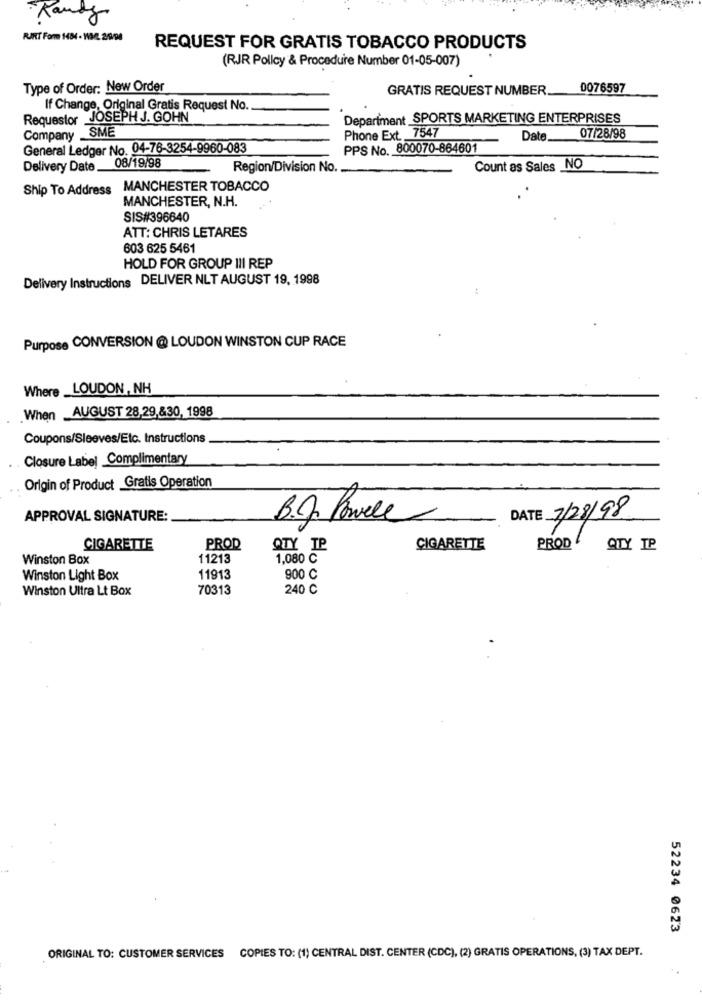
Randy
RJRT For 1484 - WML 2/9/98
REQUEST FOR GRATIS TOBACCO PRODUCTS
(RJR Policy & Procedure Number 01-05-007)
Type of Order: New Order
GRATIS REQUEST NUMBER.
0076597
If Change, Original Gratis Request No.
Requestor JOSEPH J. GOHN
Department SPORTS MARKETING ENTERPRISES
Company _SME
Phone Ext. 7547
Date.
07/28/98
General Ledger No. 04-76-3254-9960-083
PPS No. 800070-864601
Delivery Date.
08/19/98
Region/Division No.
Count as Sales NO
Ship To Address MANCHESTER TOBACCO
MANCHESTER, N.H.
SIS#396640
ATT: CHRIS LETARES
603 625 5461
HOLD FOR GROUP III REP
Delivery Instructions DELIVER NLT AUGUST 19, 1998
Purpose CONVERSION @ LOUDON WINSTON CUP RACE
Where _LOUDON , NH
When AUGUST 28,29,&30, 1998
Coupons/Sleeves/Etc. Instructions
Closure Label Complimentary
Origin of Product Gratis Operation
APPROVAL SIGNATURE:
B.J. Powell
DATE 7/28/98
CIGARETTE
PROD
QTY IP
CIGARETTE
PROD
QTY TP
Winston Box
11213
1,080 C
Winston Light Box
11913
900 C
Winston Ultra Lt Box
70313
240 C
52234 0623
ORIGINAL TO: CUSTOMER SERVICES COPIES TO: (1) CENTRAL DIST. CENTER (CDC), (2) GRATIS OPERATIONS, (3) TAX DEPT.